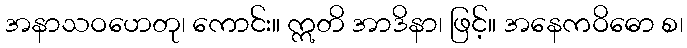
အနာသဝဟေတု၊ ကောင်း။ ဣတိ အာဒိနာ၊ ဖြင့်။ အနေကဝိဓော စ၊